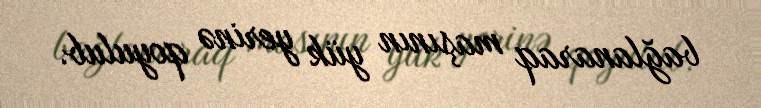
bağlanaraq maşının yük yerinə qoyulub.